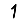
Digit: 1